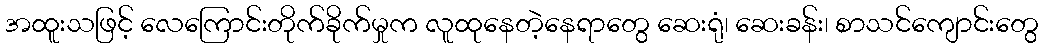
အထူးသဖြင့် လေကြောင်းတိုက်ခိုက်မှုက လူထုနေတဲ့နေရာတွေ ဆေးရုံ၊ ဆေးခန်း၊ စာသင်ကျောင်းတွေ